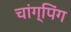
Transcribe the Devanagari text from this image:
चांग्पिंग